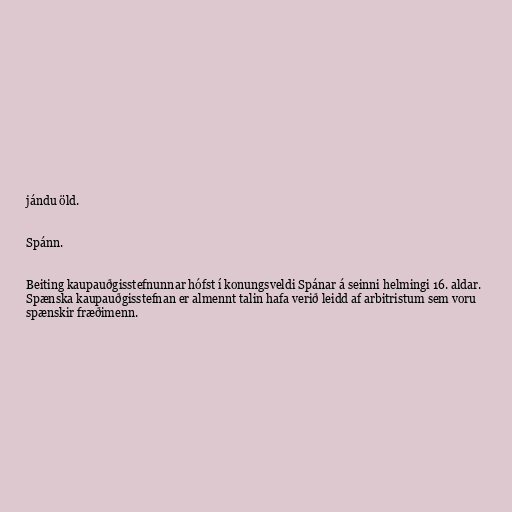
jándu öld.

Spánn.

Beiting kaupauðgisstefnunnar hófst í konungsveldi Spánar á seinni helmingi 16. aldar.
Spænska kaupauðgisstefnan er almennt talin hafa verið leidd af arbitristum sem voru
spænskir fræðimenn.